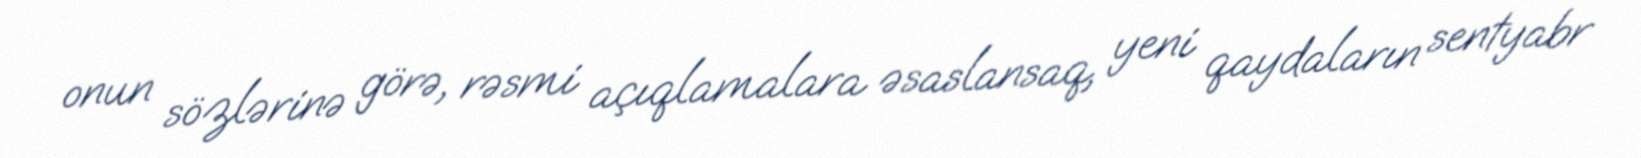
onun sözlərinə görə, rəsmi açıqlamalara əsaslansaq, yeni qaydaların sentyabr